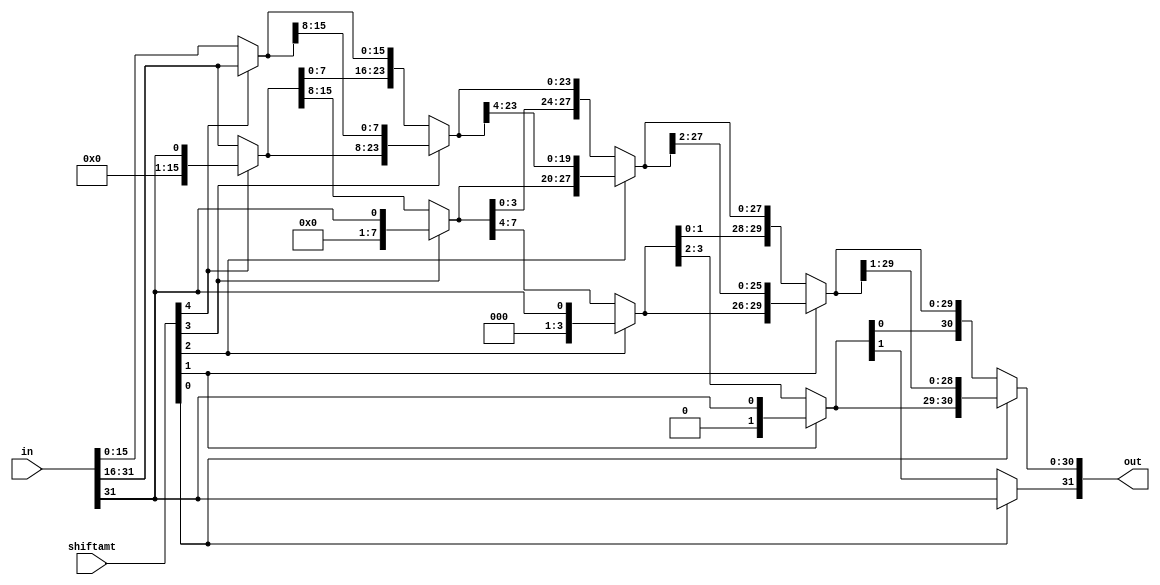
module arithmetic_right_shifter(in, shiftamt, out);
    /* Port Declaration */
    input [31:0] in;
    input [4:0] shiftamt; 
    output [31:0] out; 

    wire [31:0] first_bit_out, second_bit_out, third_bit_out, fourth_bit_out, fifth_bit_out;

    // 16 bit shift
    assign first_bit_out[15:0] = shiftamt[4] ? in[31:16]: in[15:0];
    assign first_bit_out[31:16] = shiftamt[4] ? in[31] : in[31:16];

    // 8 bit shift
    assign second_bit_out[23:0] = shiftamt[3] ? first_bit_out[31:8] : first_bit_out[23:0];
    assign second_bit_out[31:24] = shiftamt[3] ? in[31] : first_bit_out[31:24];

    // 4 bit shift
    assign third_bit_out[27:0] = shiftamt[2] ? second_bit_out[31:4] : second_bit_out[27:0];
    assign third_bit_out[31:28] = shiftamt[2] ? in[31] : second_bit_out[31:28];

    // 2 bit shift
    assign fourth_bit_out[29:0] = shiftamt[1] ? third_bit_out[31:2] : third_bit_out[29:0];
    assign fourth_bit_out[31:30] = shiftamt[1] ? in[31] : third_bit_out[31:30];

    // 1 bit shift 
    assign fifth_bit_out[30:0] = shiftamt[0] ? fourth_bit_out[31:1] : fourth_bit_out[30:0];
    assign fifth_bit_out[31] = shiftamt[0] ? in[31] : fourth_bit_out[31];

    assign out = fifth_bit_out;
endmodule